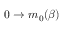
0 \rightarrow m _ { 0 } ( \beta )